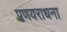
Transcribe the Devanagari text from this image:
प्रणयराधना